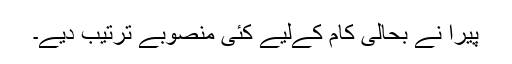
پیرا نے بحالی کام کےلیے کئی منصوبے ترتیب دیے۔